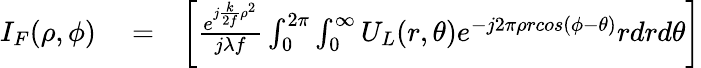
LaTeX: \begin{array}{rlr}{I_{F}(\rho,\phi)}&{{}=}&{\left[\frac{e^{j\frac{k}{2f}\rho^{2}}}{j\lambda f}\int_{0}^{2\pi}\int_{0}^{\infty}U_{L}(r,\theta)e^{-j2\pi\rho rcos(\phi-\theta)}rdrd\theta\right]}\end{array}